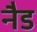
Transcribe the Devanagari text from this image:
नैड